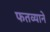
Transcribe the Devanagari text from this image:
फतव्याने